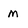
Character: M